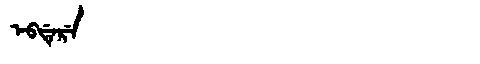
Manchu: ᡝᠪᡩᡝᡵᡝ
Romanization: EBDERE